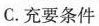
C.充要条件